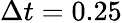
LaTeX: \Delta t=0.25